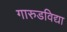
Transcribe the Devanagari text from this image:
गारुडविद्या